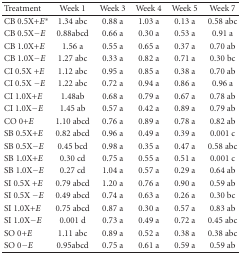
| Treatment | Week 1 | Week 3 | Week 4 | Week 5 | Week 7 |
 | --- | --- | --- | --- | --- | --- |
 | CB 0.5X+E* | 1.34 abc | 0.88 a | 1.03 a | 0.13 a | 0.58 abc |
 | CB 0.5X−E | 0.88abcd | 0.66 a | 0.30 a | 0.53 a | 0.91 a |
 | CB 1.0X+E | 1.56 a | 0.55 a | 0.65 a | 0.37 a | 0.70 ab |
 | CB 1.0X−E | 1.27 abc | 0.33 a | 0.82 a | 0.71 a | 0.30 bc |
 | CI 0.5X +E | 1.12 abc | 0.95 a | 0.85 a | 0.38 a | 0.70 ab |
 | CI 0.5X −E | 1.22 abc | 0.72 a | 0.94 a | 0.86 a | 0.96 a |
 | CI 1.0X+E | 1.48ab | 0.68 a | 0.79 a | 0.67 a | 0.78 ab |
 | CI 1.0X−E | 1.45 ab | 0.57 a | 0.42 a | 0.89 a | 0.79 ab |
 | CO 0+E | 1.10 abcd | 0.76 a | 0.89 a | 0.78 a | 0.82 ab |
 | SB 0.5X+E | 0.82 abcd | 0.96 a | 0.49 a | 0.39 a | 0.001 c |
 | SB 0.5X−E | 0.45 bcd | 0.98 a | 0.35 a | 0.47 a | 0.58 abc |
 | SB 1.0X+E | 0.30 cd | 0.75 a | 0.55 a | 0.51 a | 0.001 c |
 | SB 1.0X−E | 0.27 cd | 1.04 a | 0.57 a | 0.29 a | 0.64 ab |
 | SI 0.5X +E | 0.79 abcd | 1.20 a | 0.76 a | 0.90 a | 0.59 ab |
 | SI 0.5X −E | 0.49 abcd | 0.74 a | 0.63 a | 0.26 a | 0.30 bc |
 | SI 1.0X+E | 0.75 abcd | 0.87 a | 0.30 a | 0.57 a | 0.83 ab |
 | SI 1.0X−E | 0.001 d | 0.73 a | 0.49 a | 0.72 a | 0.45 abc |
 | SO 0+E | 1.11 abc | 0.89 a | 0.52 a | 0.38 a | 0.38 abc |
 | SO 0−E | 0.95abcd | 0.75 a | 0.61 a | 0.59 a | 0.59 ab |